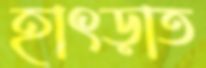
হাৎড়াত